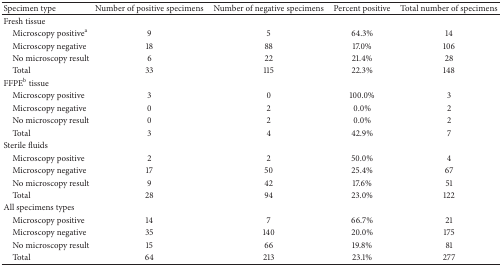
<table><thead><tr><td><b>Specimen type</b></td><td><b>Number of positive specimens</b></td><td><b>Number of negative specimens</b></td><td><b>Percent positive</b></td><td><b>Total number of specimens</b></td></tr></thead><tbody><tr><td>Fresh tissue</td><td> </td><td> </td><td> </td><td> </td></tr><tr><td> Microscopy positive<sup>a</sup></td><td>9</td><td>5</td><td>64.3%</td><td>14</td></tr><tr><td> Microscopy negative</td><td>18</td><td>88</td><td>17.0%</td><td>106</td></tr><tr><td> No microscopy result</td><td>6</td><td>22</td><td>21.4%</td><td>28</td></tr><tr><td> Total</td><td>33</td><td>115</td><td>22.3%</td><td>148</td></tr><tr><td>FFPE<sup>b</sup> tissue</td><td> </td><td> </td><td> </td><td> </td></tr><tr><td> Microscopy positive</td><td>3</td><td>0</td><td>100.0%</td><td>3</td></tr><tr><td> Microscopy negative</td><td>0</td><td>2</td><td>0.0%</td><td>2</td></tr><tr><td> No microscopy result</td><td>0</td><td>2</td><td>0.0%</td><td>2</td></tr><tr><td> Total</td><td>3</td><td>4</td><td>42.9%</td><td>7</td></tr><tr><td>Sterile fluids</td><td> </td><td> </td><td> </td><td> </td></tr><tr><td> Microscopy positive</td><td>2</td><td>2</td><td>50.0%</td><td>4</td></tr><tr><td> Microscopy negative</td><td>17</td><td>50</td><td>25.4%</td><td>67</td></tr><tr><td> No microscopy result</td><td>9</td><td>42</td><td>17.6%</td><td>51</td></tr><tr><td> Total</td><td>28</td><td>94</td><td>23.0%</td><td>122</td></tr><tr><td>All specimens types</td><td> </td><td> </td><td> </td><td> </td></tr><tr><td> Microscopy positive</td><td>14</td><td>7</td><td>66.7%</td><td>21</td></tr><tr><td> Microscopy negative</td><td>35</td><td>140</td><td>20.0%</td><td>175</td></tr><tr><td> No microscopy result</td><td>15</td><td>66</td><td>19.8%</td><td>81</td></tr><tr><td> Total</td><td>64</td><td>213</td><td>23.1%</td><td>277</td></tr></tbody></table>